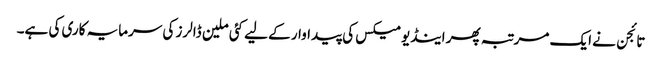
تائجن نے ایک مرتبہ پھر اینڈیومیکس کی پیداوار کے لیے کئی ملین ڈالرز کی سرمایہ کاری کی ہے۔